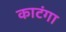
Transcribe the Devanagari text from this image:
काटंगा